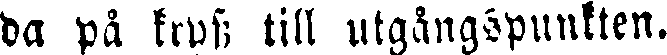
da på kryss till utgångspunkten.